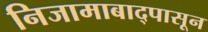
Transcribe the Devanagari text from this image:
निजामाबाद्पासून